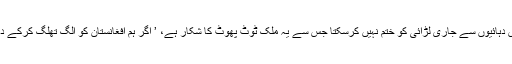
لیکن امریکی ڈیفنس سیکریٹری میٹس نے زور دیا کہ افغانستان اکیلا اس دہائیوں سے جاری لڑائی کو ختم نہیں کرسکتا جس سے یہ ملک ٹوٹ پھوٹ کا شکار ہے، ’ اگر ہم افغانستان کو الگ تھلگ کرکے دیکھیں تو ہمیں بہت سے ایسی چیزیں ملیں گی جن میں کمی موجود ہے‘۔